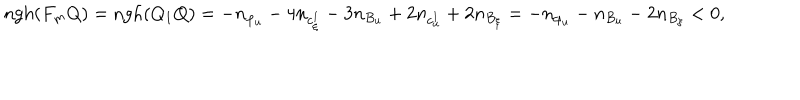
\mathrm { n g h } ( F _ { m } Q ) = \mathrm { n g h } ( Q _ { 1 } Q ) = - n _ { \varphi _ { u } } - 4 n _ { c _ { \xi } ^ { 1 } } - 3 n _ { B _ { u } } + 2 n _ { c _ { u } ^ { 1 } } + 2 n _ { B _ { \xi } } = - n _ { \varphi _ { u } } - n _ { B _ { u } } - 2 n _ { B _ { \xi } } < 0 ,